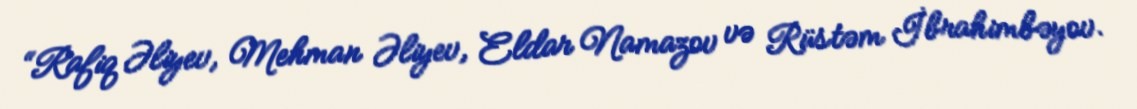
“Rafiq Əliyev, Mehman Əliyev, Eldar Namazov və Rüstəm İbrahimbəyov.